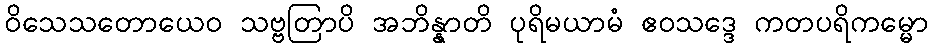
ဝိသေသတောယေဝ သဗ္ဗတြာပိ အဘိန္နာတိ ပုရိမယာမံ ဧဝသဒ္ဒေ ကတပရိကမ္မော